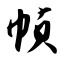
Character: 帧